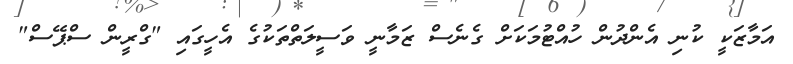
އަމާޒަކީ ކުނި އެންދުން ހުއްޓުމަކަށް ގެނެސް ޒަމާނީ ވަސީލަތްތަކުގެ އެހީގައި "ގްރީން ސްޕޭސް"